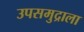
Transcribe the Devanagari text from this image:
उपसमुद्राला